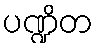
ပဏ္ဍိတ